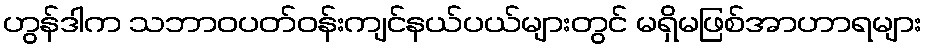
ဟွန်ဒါက သဘာဝပတ်ဝန်းကျင်နယ်ပယ်များတွင် မရှိမဖြစ်အာဟာရများ